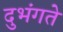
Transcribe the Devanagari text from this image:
दुभंगते